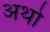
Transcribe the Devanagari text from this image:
अथो